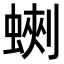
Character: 𧎈